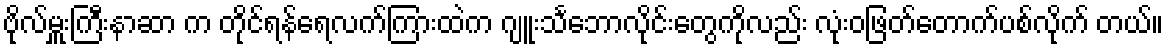
ဗိုလ်မှူးကြီးနာဆာ က တိုင်ရန်ရေလက်ကြားထဲက ဂျူးသင်္ဘောလိုင်းတွေကိုလည်း လုံးဝဖြတ်တောက်ပစ်လိုက် တယ်။